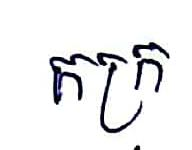
កក្រ